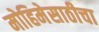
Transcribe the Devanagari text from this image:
मोहिमेसाठीचा